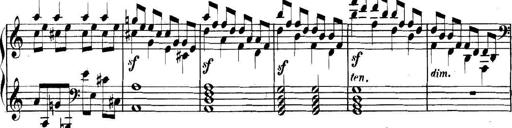
Title: Collected Piano Sonatas
Composer: Muzio Clementi